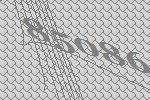
85086